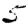
Digit: 5